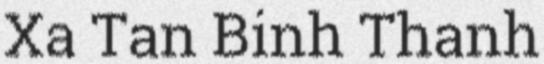
Xa Tan Binh Thanh